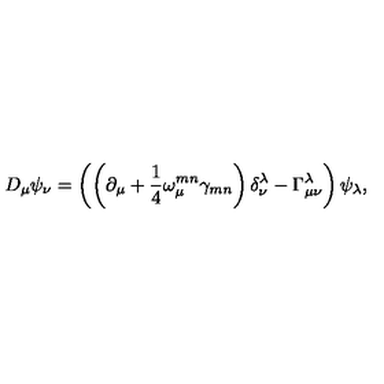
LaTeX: D _ { \mu } \psi _ { \nu } = \left( \left( \partial _ { \mu } + \frac { 1 } { 4 } \omega _ { \mu } ^ { m n } \gamma _ { m n } \right) \delta _ { \nu } ^ { \lambda } - \Gamma _ { \mu \nu } ^ { \lambda } \right) \psi _ { \lambda } ,